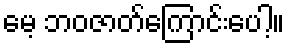
မေ့ ဘဝဇာတ်ကြောင်းပေါ့။